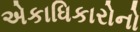
એકાધિકારોનો